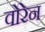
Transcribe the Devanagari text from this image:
वोरेन